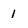
Character: 1